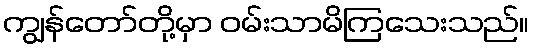
ကျွန်တော်တို့မှာ ဝမ်းသာမိကြသေးသည်။